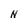
Character: N